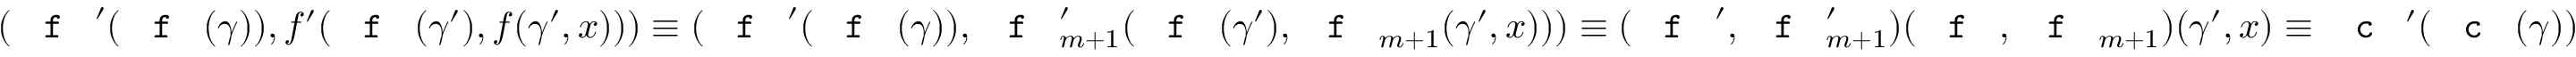
( \textnormal { \texttt { f } } ^ { \prime } ( \textnormal { \texttt { f } } ( \gamma ) ) , f ^ { \prime } ( \textnormal { \texttt { f } } ( \gamma ^ { \prime } ) , f ( \gamma ^ { \prime } , x ) ) ) \equiv ( \textnormal { \texttt { f } } ^ { \prime } ( \textnormal { \texttt { f } } ( \gamma ) ) , \textnormal { \texttt { f } } _ { m + 1 } ^ { \prime } ( \textnormal { \texttt { f } } ( \gamma ^ { \prime } ) , \textnormal { \texttt { f } } _ { m + 1 } ( \gamma ^ { \prime } , x ) ) ) \equiv ( \textnormal { \texttt { f } } ^ { \prime } , \textnormal { \texttt { f } } _ { m + 1 } ^ { \prime } ) ( \textnormal { \texttt { f } } , \textnormal { \texttt { f } } _ { m + 1 } ) ( \gamma ^ { \prime } , x ) \equiv \textnormal { \texttt { c } } ^ { \prime } ( \textnormal { \texttt { c } } ( \gamma ) )